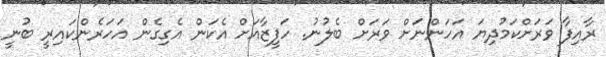
ރާއިފާ ވަރަށްކަމުދިޔަ އަހަންނަށް ވަރަށް ބެލުނު. ހަފީޒާއަށް އެކަން އެގިގެން އަހަރެންކައިރީ ބުނީ